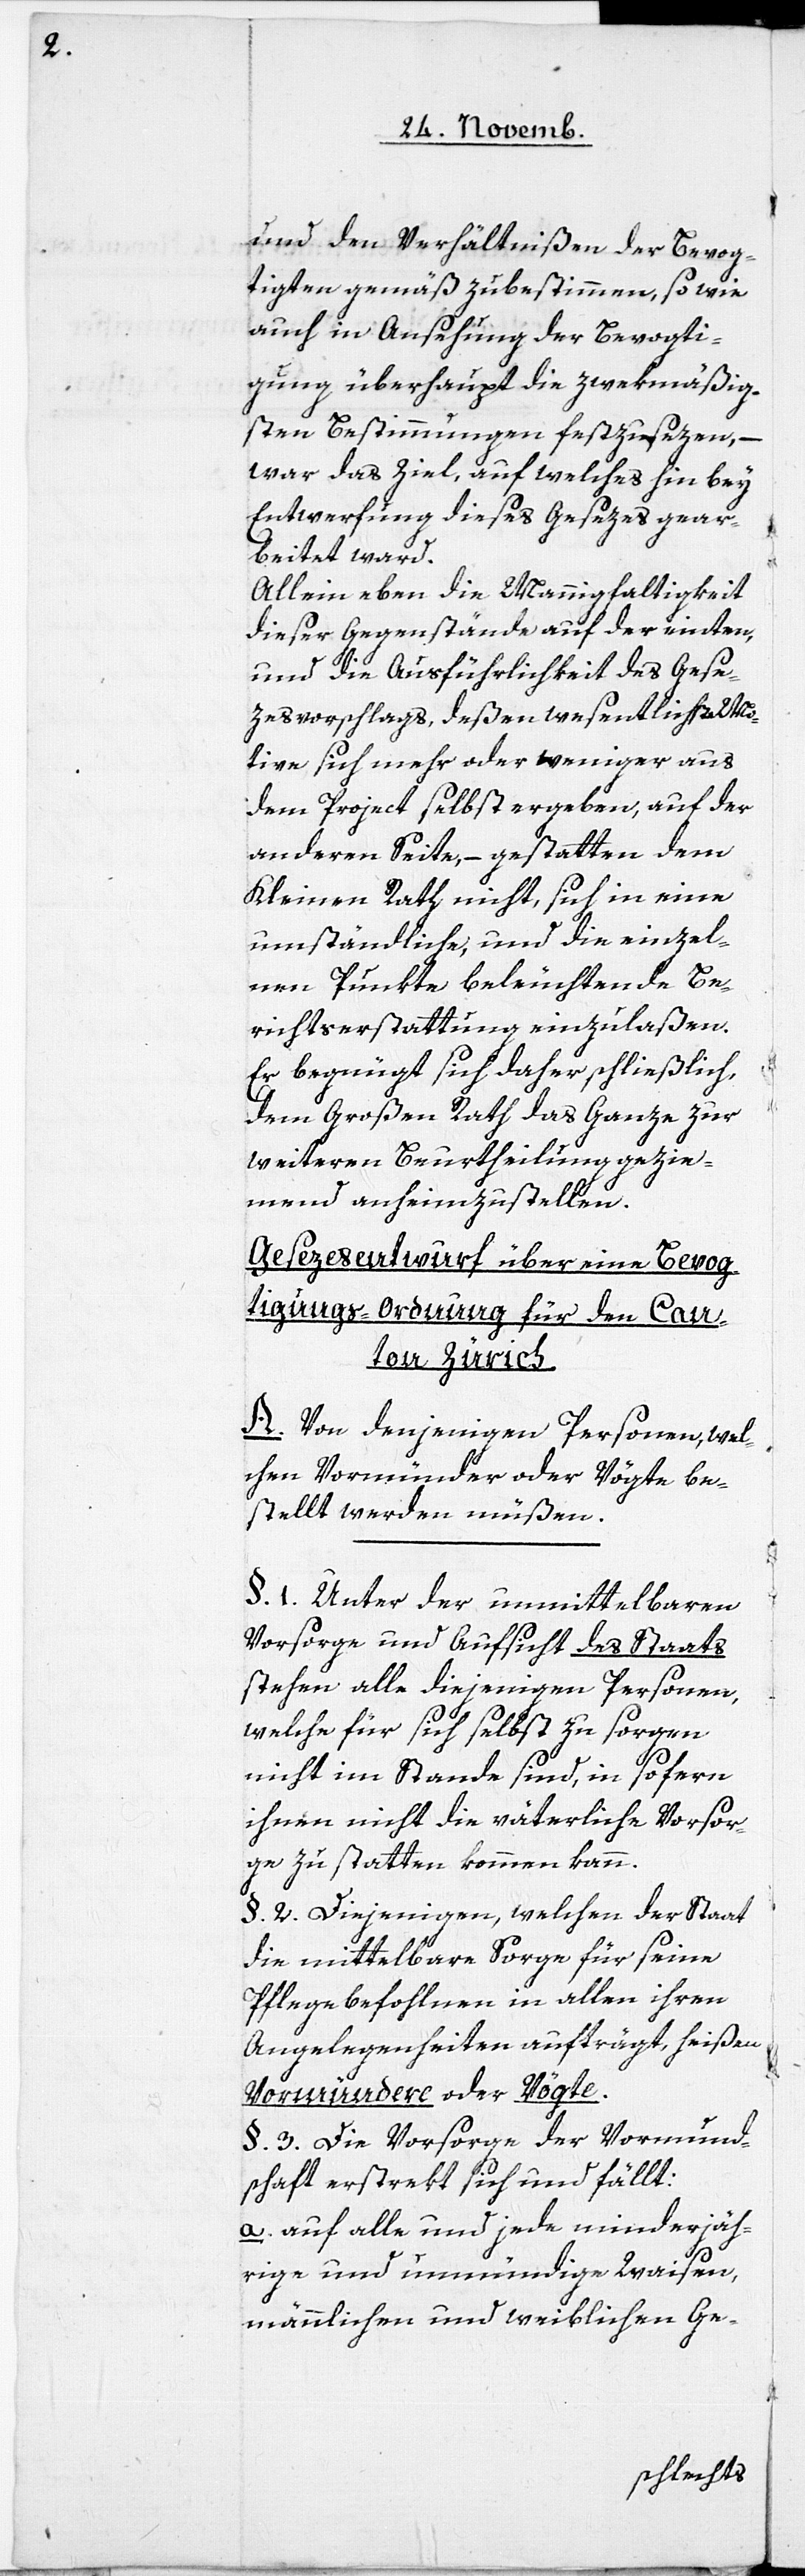
und den Verhältnißen der Bevog¬
tigten gemäß zubestimmen [sic!], so wie
auch in Ansehung der Bevogti¬
gung überhaupt die zwekmäßig¬
sten Bestimmungen festzusezen, –
war das Ziel, auf welches hin bey
Entwerfung dieses Gesezes gear¬
beitet ward.
Allein eben die Mannigfaltigkeit
dieser Gegenstände auf der einten,
und die Ausführlichkeit des Gese¬
zesvorschlags, deßen wesentliche Mo¬
tive sich mehr oder weniger aus
dem Project selbst ergeben, auf der
anderen Seite, – gestatten dem
Kleinen Rath nicht, sich in eine
umständliche, und die einzel¬
nen Punkte beleuchtende Be¬
richtserstattung einzulaßen.
Er begnügt sich daher schließlich,
dem Großen Rath das Ganze zur
weiteren Beurtheilung gezie¬
mend anheimzustellen.
Gesezesentwurf über eine Bevog¬
tigungs-Ordnung für den Can¬
ton Zürich.
A. Von denjenigen Personen, wel¬
chen Vormünder oder Vögte be¬
stellt werden müßen.
§. 1. Unter der unmittelbaren
Vorsorge und Aufsicht des Staats
stehen alle diejenigen Personen,
welche für sich selbst zu sorgen
nicht im Stande sind, in sofern
ihnen nicht die väterliche Vorsor¬
ge zu statten kommen kann.
§. 2. Diejenigen, welchen der Staat
die mittelbare Sorge für seine
Pflegebefohlenen in allen ihren
Angelegenheiten aufträgt, heißen
Vormündere oder Vögte.
§. 3. Die Vorsorge der Vormund¬
schaft erstrekt sich und fällt:
a. auf alle und jede minderjäh¬
rige und unmündige Waisen,
männlichen und weiblichen Ge-